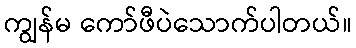
ကျွန်မ ကော်ဖီပဲသောက်ပါတယ်။